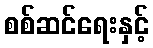
စစ်ဆင်ရေးနှင့်